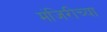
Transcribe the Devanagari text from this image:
मंजिरीच्या